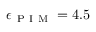
\epsilon _ { \mathrm { ~ P ~ I ~ M ~ } } = 4 . 5